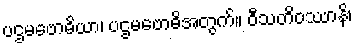
ပဌမဗောဓိယာ၊ ပဌမဗောဓိအတွက်။ ဝီသတိဝဿာနိ၊